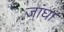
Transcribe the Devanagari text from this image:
जांघा